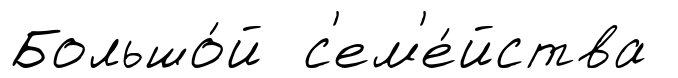
Большо́й с'ем'е́йства